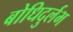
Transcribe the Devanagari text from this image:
बोधिदुर्लभ